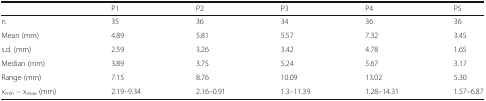
<table><thead><tr><td></td><td><b>P1</b></td><td><b>P2</b></td><td><b>P3</b></td><td><b>P4</b></td><td><b>P5</b></td></tr></thead><tbody><tr><td>n</td><td>35</td><td>36</td><td>34</td><td>36</td><td>36</td></tr><tr><td>Mean (mm)</td><td>4.89</td><td>5.81</td><td>5.57</td><td>7.32</td><td>3.45</td></tr><tr><td>s.d. (mm)</td><td>2.59</td><td>3.26</td><td>3.42</td><td>4.78</td><td>1.65</td></tr><tr><td>Median (mm)</td><td>3.89</td><td>3.75</td><td>5.24</td><td>5.67</td><td>3.17</td></tr><tr><td>Range (mm)</td><td>7.15</td><td>8.76</td><td>10.09</td><td>13.02</td><td>5.30</td></tr><tr><td>x<sub>min</sub> – x<sub>max</sub> (mm)</td><td>2.19–9.34</td><td>2.16–0.91</td><td>1.3–11.39</td><td>1.28–14.31</td><td>1.57–6.87</td></tr></tbody></table>